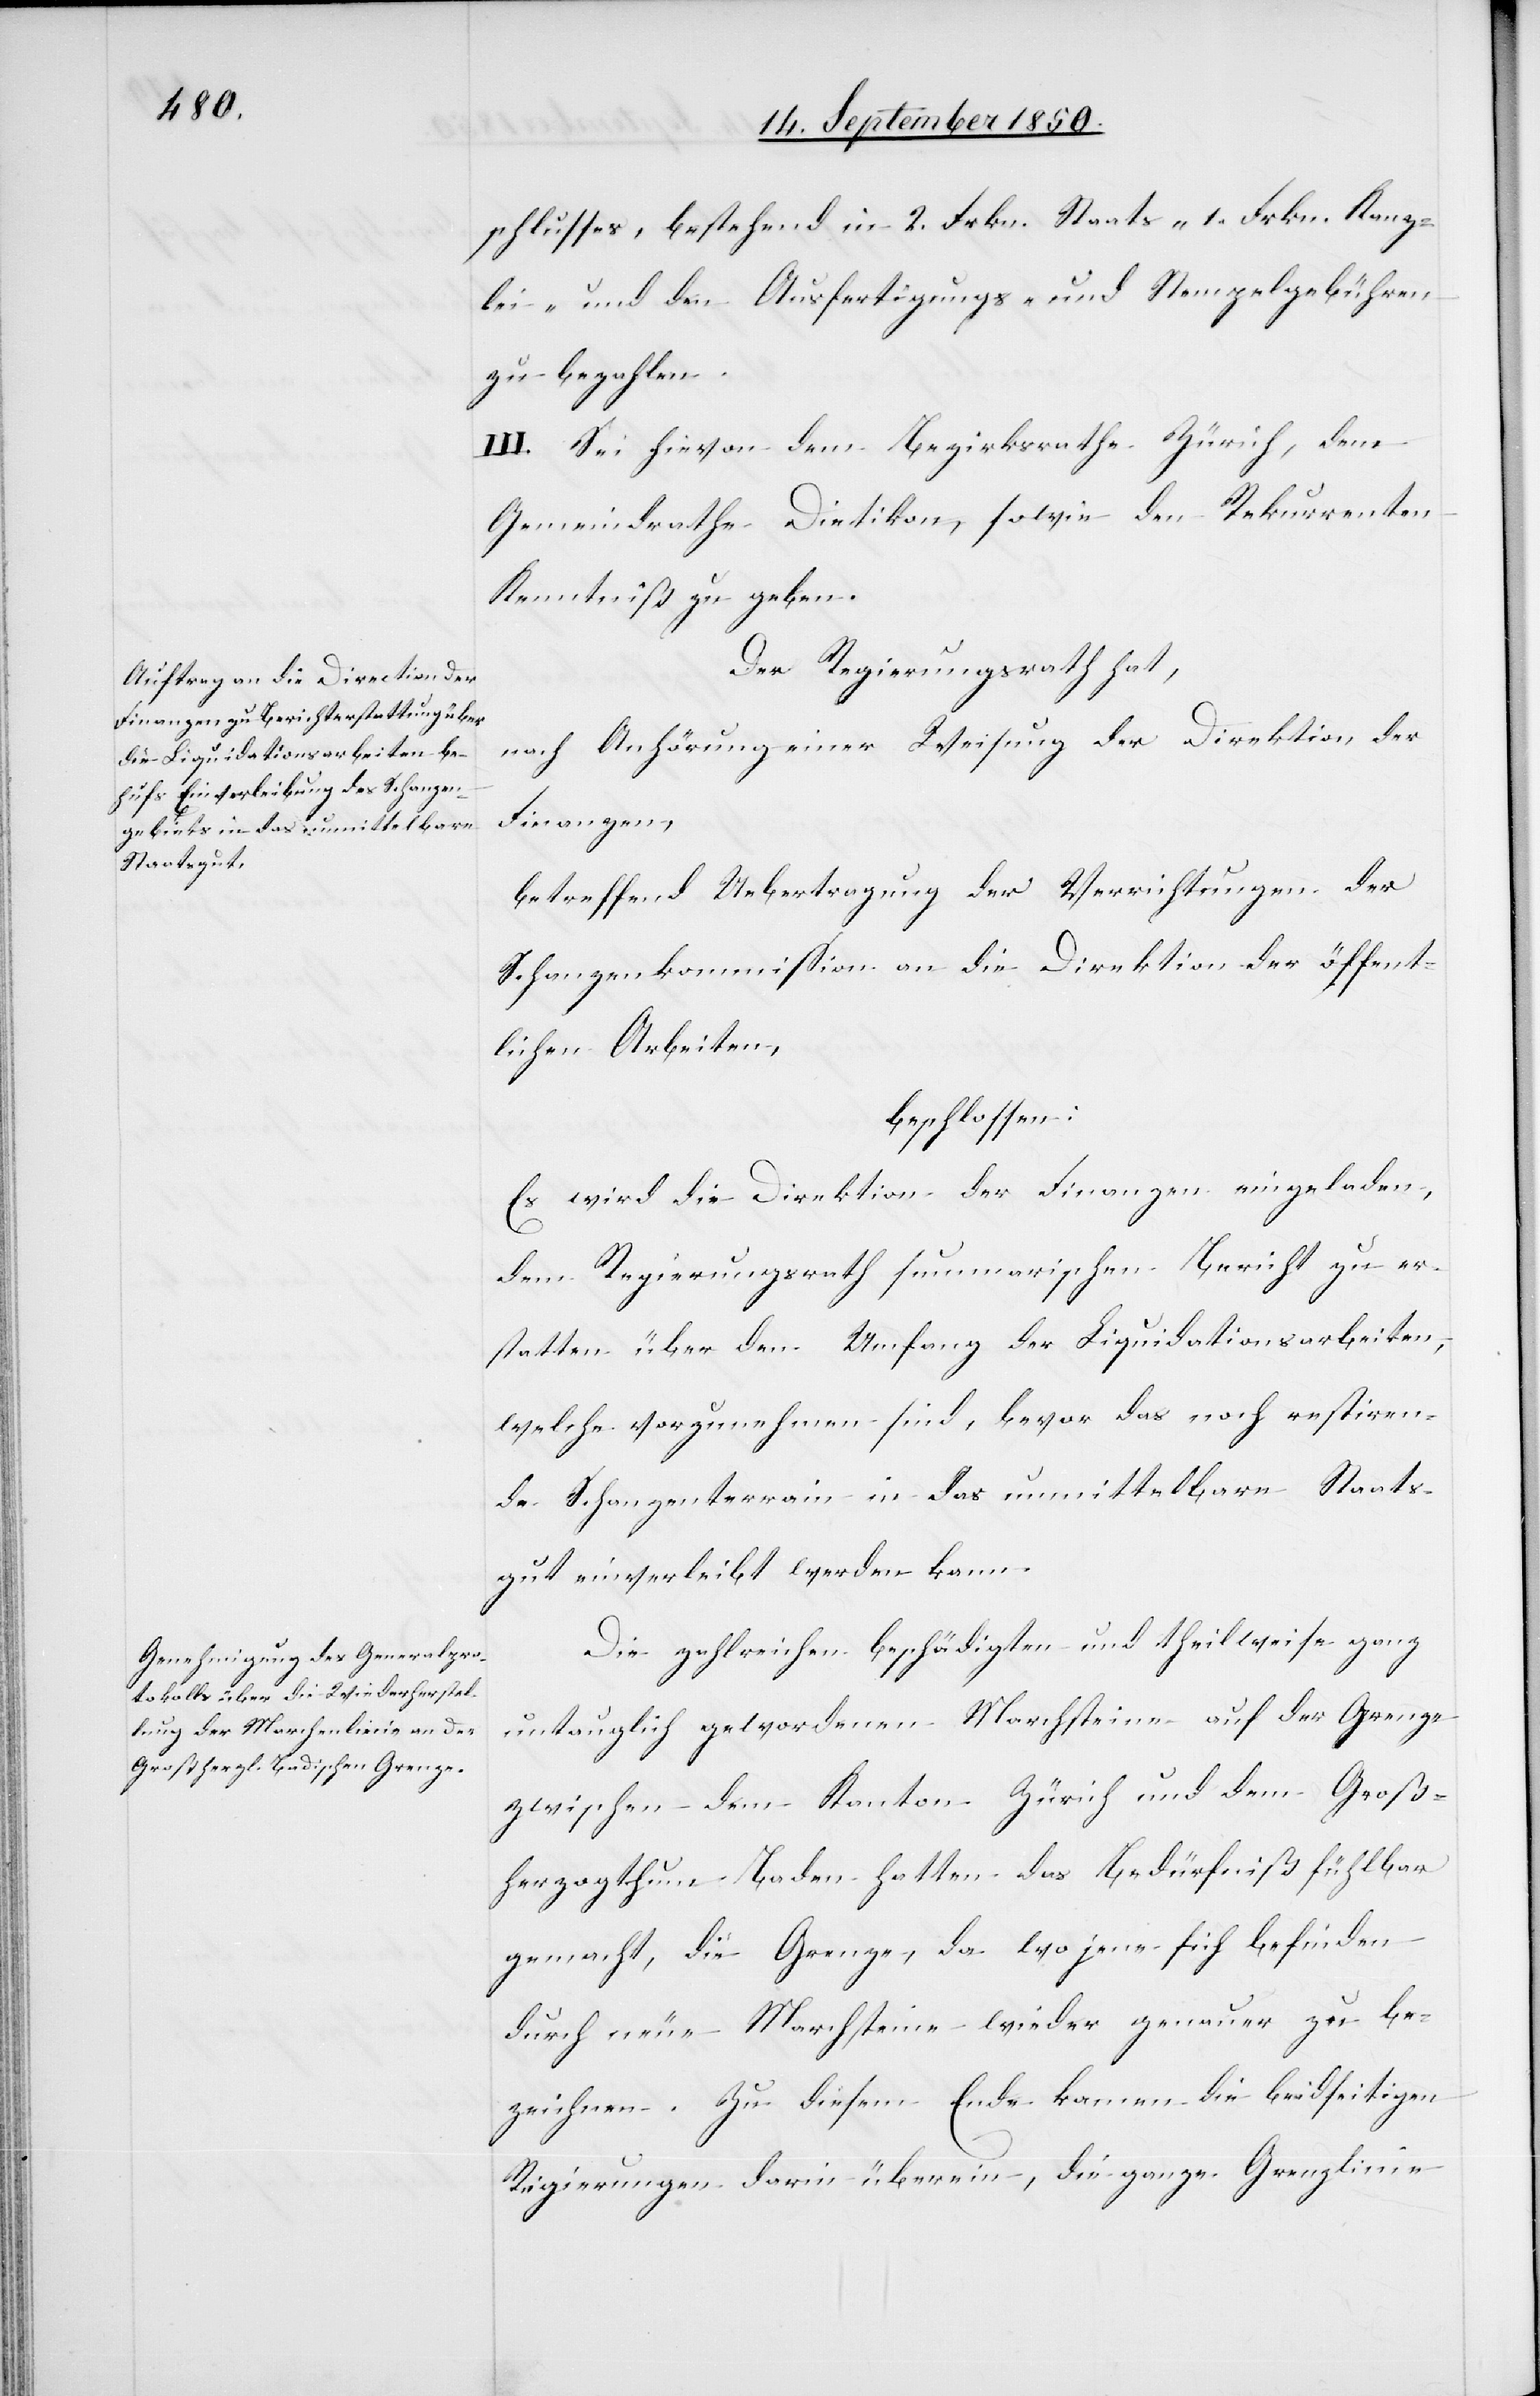
schlusses, bestehend in 2. Frkn. Staats- 1. Frkn. Kanz¬
lei- und den Ausfertigungs- und Stempelgebühren
zu bezahlen.
III. Sei hievon dem Bezirksrathe Zürich, dem
Gemeindrathe Dietikon, sowie den Rekurrenten
Kenntniß zu geben.
Der Regierungsrath hat,
nach Anhörung einer Weisung der Direktion der
Finanzen,
betreffend Uebertragung der Verrichtungen der
Schanzenkommission an die Direktion der öffent¬
lichen Arbeiten,
beschlossen:
Es wird die Direktion der Finanzen eingeladen,
dem Regierungsrath summarischen Bericht zu er¬
statten über den Umfang der Liquidationsarbeiten,
welche vorzunehmen sind, bevor das noch restiren¬
de Schanzenterrain in das unmittelbare Staats¬
gut einverleibt werden kann.
Die zahlreichen beschädigten und theilweise ganz
untauglich gewordenen Marchsteine auf der Grenze
zwischen dem Kanton Zürich und dem Groß¬
herzogthum Baden hatten das Bedürfniß fühlbar
gemacht, die Grenze, da wo jene sich befinden
durch neue Marchtsteine wieder genauer zu be¬
zeichnen. Zu diesem Ende kamen die beidseitigen
Regierungen darin überein, die ganze Grenzlinie